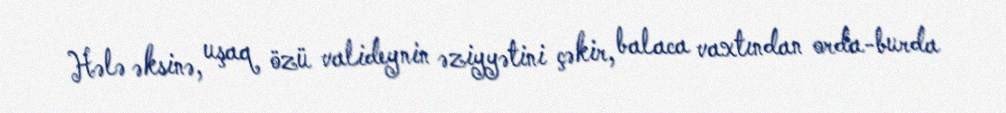
Hələ əksinə, uşaq özü valideynin əziyyətini çəkir, balaca vaxtından orda-burda